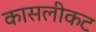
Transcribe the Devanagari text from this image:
कासलीकट